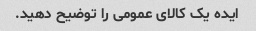
ایده یک کالای عمومی را توضیح دهید.